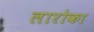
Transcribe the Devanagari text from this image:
लारोका